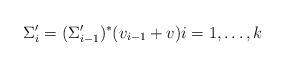
LaTeX: \begin{align*} &\Sigma^\prime_i=(\Sigma^\prime_{i-1})^\ast(v_{i-1}+v) i=1, \dots, k\\ \end{align*}